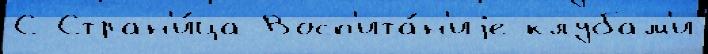
С Стран'и́ца Восп'ита́н'иjе клубам'и